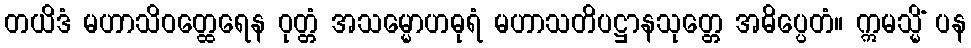
တယိဒံ မဟာသိဝတ္ထေရေန ဝုတ္တံ အသမ္မောဟဓုရံ မဟာသတိပဋ္ဌာနသုတ္တေ အဓိပ္ပေတံ။ ဣမသ္မိံ ပန